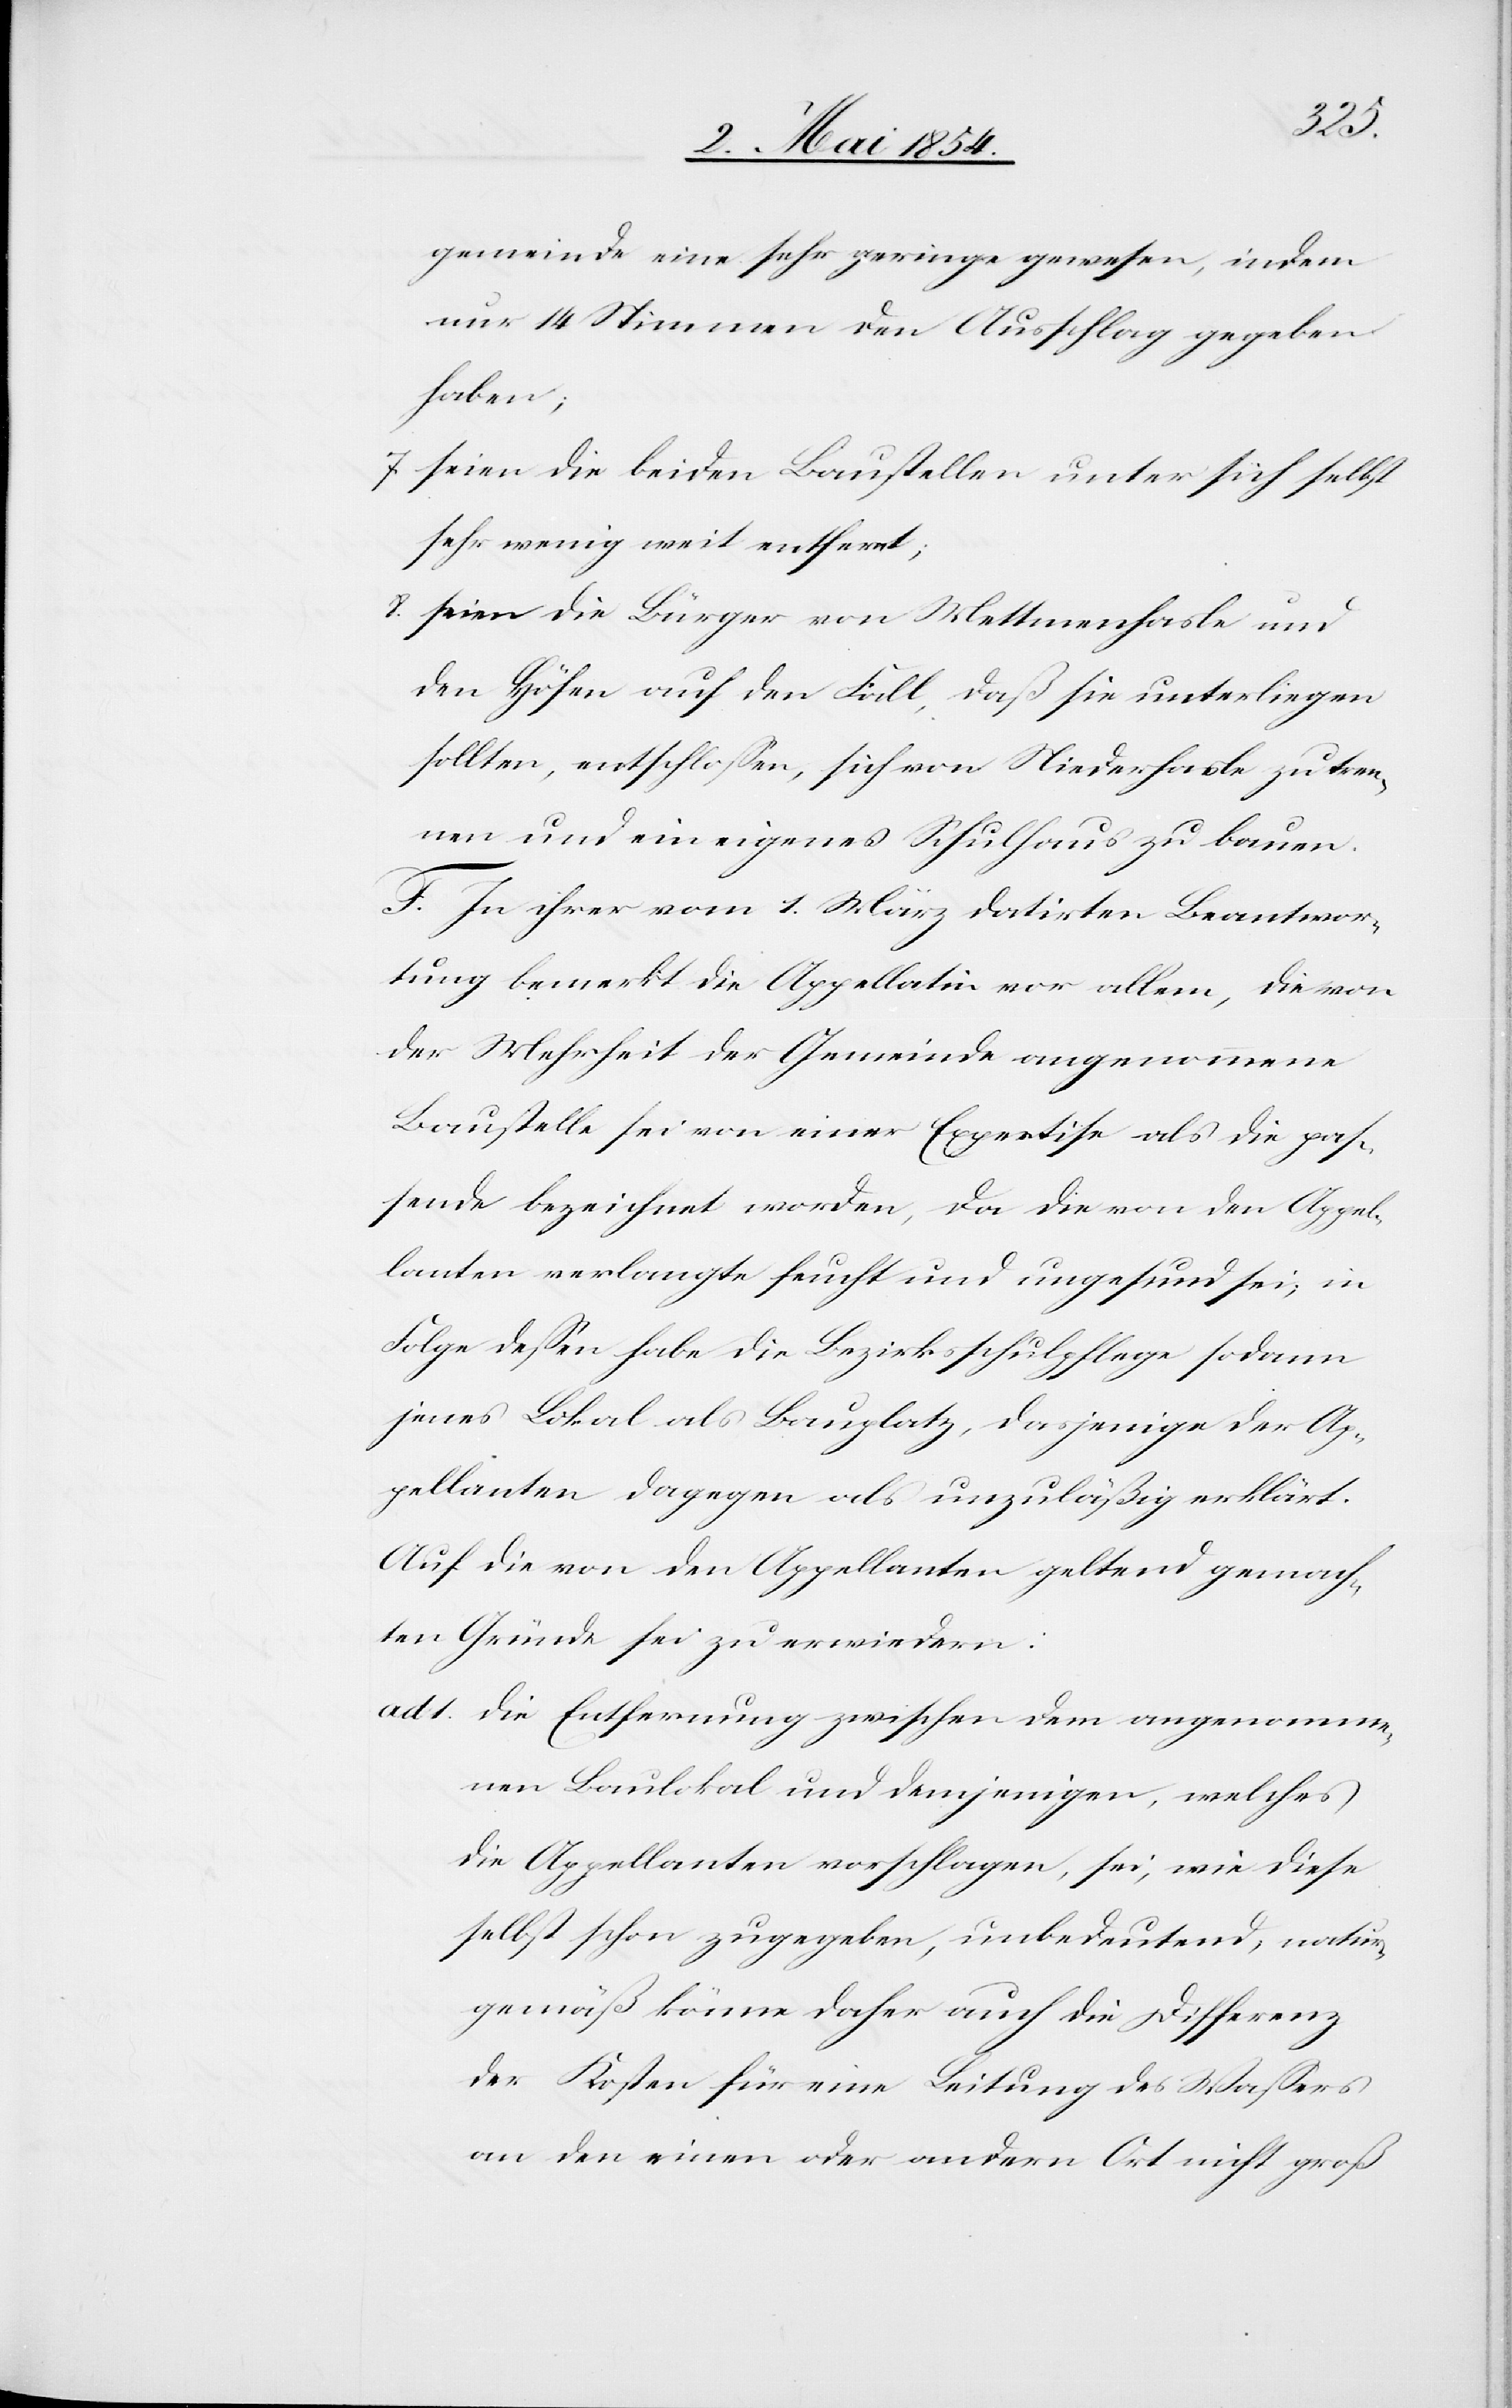
gemeinde eine sehr geringe gewesen, indem
nur 14 Stimmen den Ausschlag gegeben
haben;
7. seien die beiden Baustellen unter sich selbst
sehr wenig weit entfernt;
8. seien die Bürger von Mettmenhasle und
den Höfen auf den Fall, daß sie unterliegen
sollten, entschloßen, sich von Niederhasle zu tren¬
nen und ein eigenes Schulhaus zu bauen.
F. In ihrer vom 1. März datirten Beantwor¬
tung bemerkt die Appellatin vor allem, die von
der Mehrheit der Gemeinde angenommene
Baustelle sei von einer Expertise als die pa¬
ßende bezeichnet worden, da die von den Appel¬
lanten verlangte feucht und ungesund sei; in
Folge deßen habe die Bezirksschulpflege sodann
jenes Lokal als Bauplatz, dasjenige der Ap¬
pellanten dagegen als unzuläßig erklärt.
Auf die von den Appellanten geltend gemach¬
ten Gründe sei zu erwiedern:
ad 1. die Entfernung zwischen dem angenomme¬
nen Baulokal und demjenigen, welches
die Appellanten vorschlagen, sei, wie diese
selbst schon zugegeben, unbedeutend, natur¬
gemäß könne daher auch die Differenz
der Kosten für eine Leitung des Waßers
an den einen oder andern Ort nicht groß